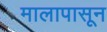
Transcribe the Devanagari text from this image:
मालापासून